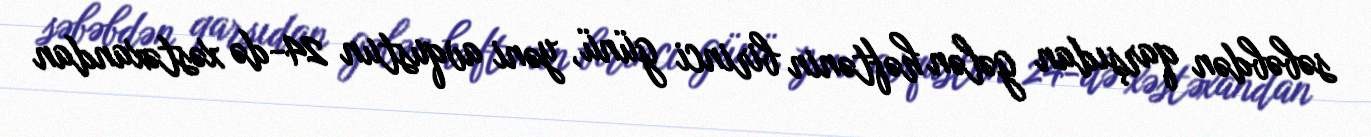
səbəbdən qarşıdan gələn həftənin birinci günü, yəni avqustun 24-də xəstəxandan